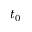
t _ { 0 }